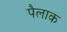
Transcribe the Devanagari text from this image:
पैलाक